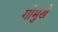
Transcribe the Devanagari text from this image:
गोमुखे